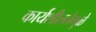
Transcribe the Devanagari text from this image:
कार्यशीलतेमुळे